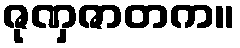
ဇုဏှဇာတက။